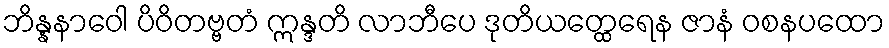
ဘိန္နနာဝေါ ပိဝိတဗ္ဗတံ ဣန္ဒတိ လာဘီပေ ဒုတိယတ္ထေရေန ဇာနံ ဝစနပထော